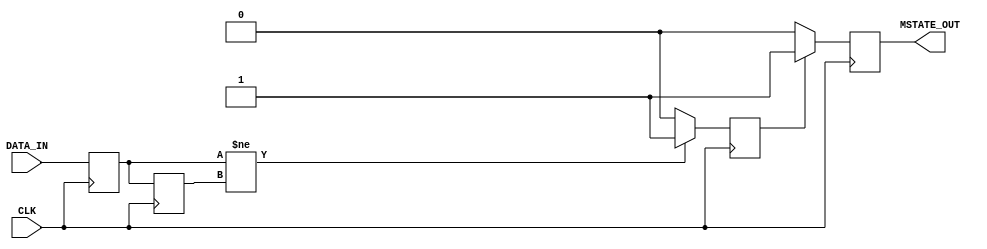
module metastability_detector (
    input wire DATA_IN,      // Input signal from asynchronous source
    input wire CLK,          // Synchronous clock
    output reg MSTATE_OUT    // Metastability indicator output
);

    // Internal signals
    reg FF1_Q;              // Output of the first flip-flop
    reg FF2_Q;              // Output of the second flip-flop
    reg pulse;              // Pulse signal for metastability indication

    // Parameters for pulse width (can be adjusted)
    parameter PULSE_WIDTH = 2; // Adjust this value based on timing requirements

    // Flip-flops to sample the DATA_IN signal
    always @(posedge CLK) begin
        FF1_Q <= DATA_IN;    // Sample DATA_IN on the rising edge of CLK
        FF2_Q <= FF1_Q;      // Sample FF1_Q on the next rising edge of CLK
    end

    // Pulse generation logic
    always @(posedge CLK) begin
        if (FF1_Q != FF2_Q) begin
            pulse <= 1'b1;     // Generate pulse when FF1_Q and FF2_Q differ
        end else begin
            pulse <= 1'b0;     // Reset pulse when they are the same
        end
    end

    // Metastability indicator output
    always @(posedge CLK) begin
        if (pulse) begin
            MSTATE_OUT <= 1'b1; // Set MSTATE_OUT high during pulse
        end else begin
            MSTATE_OUT <= 1'b0; // Reset MSTATE_OUT low otherwise
        end
    end

endmodule